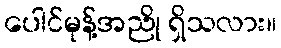
ပေါင်မုန့်အညို ရှိသလား။